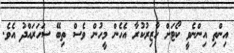
އިންތި އިންނެވީ ކޯޓަށް ހާޒިރުކުރާ އެހެން މީހުން ވެސް ތިބޭ ސަހަރައްދު އެވެ.